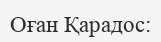
Оған Қарадос: